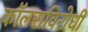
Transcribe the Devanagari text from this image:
कॉलराविरोधी